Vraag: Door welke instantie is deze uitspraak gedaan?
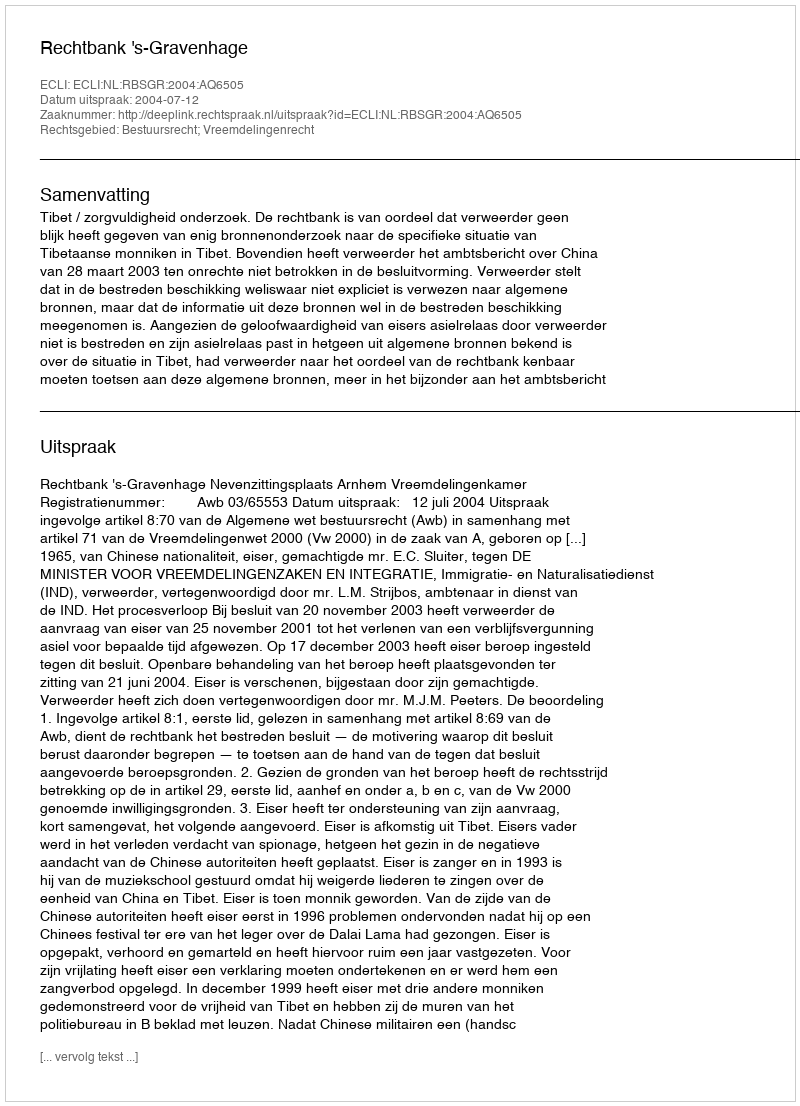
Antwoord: Rechtbank 's-Gravenhage